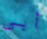
أبي